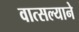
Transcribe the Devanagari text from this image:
वात्सल्याने